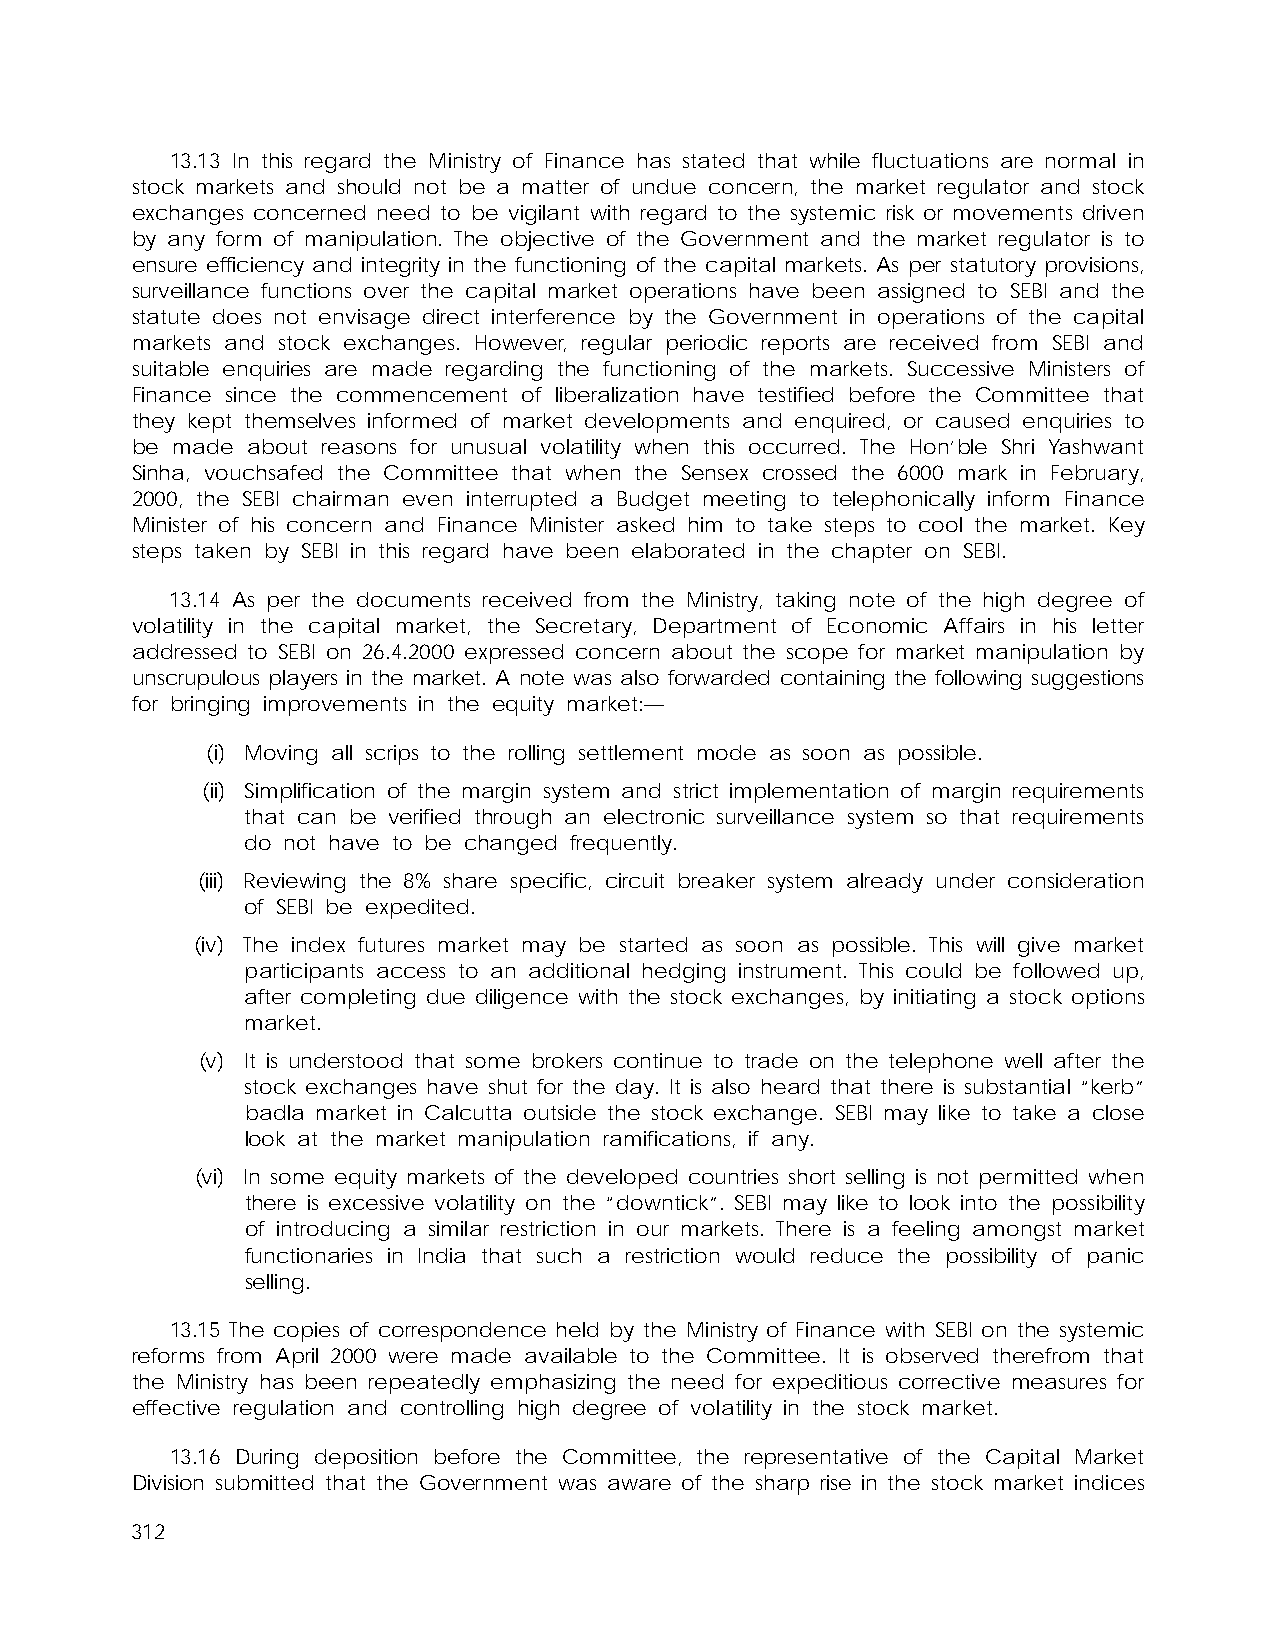
13.13 In this regard the Ministry of Finance has stated that while fluctuations are normal in
 stock markets and should not be a matter of undue concern, the market regulator and stock
 exchanges concerned need to be vigilant with regard to the systemic risk or movements driven
 by any form of manipulation. The objective of the Government and the market regulator is to
 ensure efficiency and integrity in the functioning of the capital markets. As per statutory provisions,
 surveillance functions over the capital market operations have been assigned to SEBI and the
 statute does not envisage direct interference by the Government in operations of the capital
 markets and stock exchanges. However, regular periodic reports are received from SEBI and
 suitable enquiries are made regarding the functioning of the markets. Successive Ministers of
 Finance since the commencement of liberalization have testified before the Committee that
 they kept themselves informed of market developments and enquired, or caused enquiries to
 be made about reasons for unusual volatility when this occurred. The Hon’ble Shri Yashwant
 Sinha, vouchsafed the Committee that when the Sensex crossed the 6000 mark in February,
 2000, the SEBI chairman even interrupted a Budget meeting to telephonically inform Finance
 Minister of his concern and Finance Minister asked him to take steps to cool the market. Key
 steps taken by SEBI in this regard have been elaborated in the chapter on SEBI.
 13.14 As per the documents received from the Ministry, taking note of the high degree of
 volatility in the capital market, the Secretary, Department of Economic Affairs in his letter
 addressed to SEBI on 26.4.2000 expressed concern about the scope for market manipulation by
 unscrupulous players in the market. A note was also forwarded containing the following suggestions
 for bringing improvements in the equity market:—
 (i) Moving all scrips to the rolling settlement mode as soon as possible.
 (ii) Simplification of the margin system and strict implementation of margin requirements
 that can be verified through an electronic surveillance system so that requirements
 do not have to be changed frequently.
 (iii) Reviewing the 8% share specific, circuit breaker system already under consideration
 of SEBI be expedited.
 (iv) The index futures market may be started as soon as possible. This will give market
 participants access to an additional hedging instrument. This could be followed up,
 after completing due diligence with the stock exchanges, by initiating a stock options
 market.
 (v) It is understood that some brokers continue to trade on the telephone well after the
 stock exchanges have shut for the day. It is also heard that there is substantial “kerb”
 badla market in Calcutta outside the stock exchange. SEBI may like to take a close
 look at the market manipulation ramifications, if any.
 (vi) In some equity markets of the developed countries short selling is not permitted when
 there is excessive volatility on the “downtick”. SEBI may like to look into the possibility
 of introducing a similar restriction in our markets. There is a feeling amongst market
 functionaries in India that such a restriction would reduce the possibility of panic
 selling.
 13.15 The copies of correspondence held by the Ministry of Finance with SEBI on the systemic
 reforms from April 2000 were made available to the Committee. It is observed therefrom that
 the Ministry has been repeatedly emphasizing the need for expeditious corrective measures for
 effective regulation and controlling high degree of volatility in the stock market.
 13.16 During deposition before the Committee, the representative of the Capital Market
 Division submitted that the Government was aware of the sharp rise in the stock market indices
 312